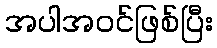
အပါအဝင်ဖြစ်ပြီး